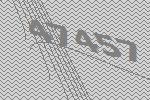
47457